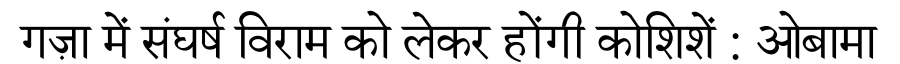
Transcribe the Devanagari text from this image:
गज़ा में संघर्ष विराम को लेकर होंगी कोशिशें : ओबामा